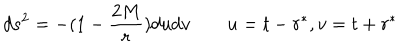
LaTeX: d s ^ { 2 } = - ( 1 - { \frac { 2 M } { r } } ) d u d v \qquad u = t - r ^ { * } , v = t + r ^ { * }